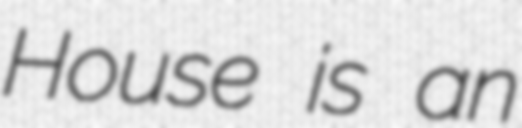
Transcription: House is an